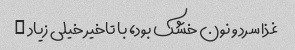
غذا سرد و نون خشک بود، با تاخیر خیلی زیاد …